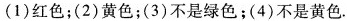
(1)红色；(2)黄色；(3)不是绿色；(4)不是黄色。